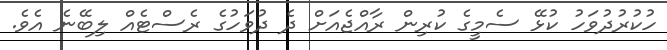
ހުކުރުދުވަހު ކުޅޭ ސެމީގެ ކުރިން ރާއްޖެއަށް ދެ ދުވަހުގެ ރެސްޓެއް ލިބޭނެ އެވެ.